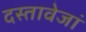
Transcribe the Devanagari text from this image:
दस्तावेजां